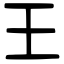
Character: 王